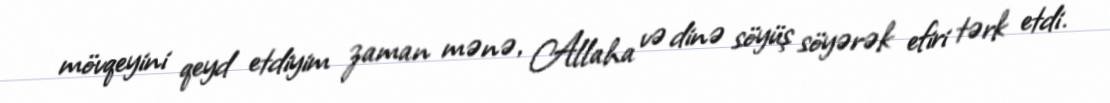
mövqeyini qeyd etdiyim zaman mənə, Allaha və dinə söyüş söyərək efiri tərk etdi.